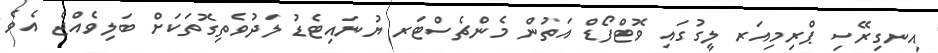
އިނގިރޭސި ޕްރިމިއަރ ލީގުގައި ވޮޓްފޯޑް އަތުން މެންޗެސްޓަރ ޔުނައިޓެޑު ލަދުވެތިގޮތަކަށް ބަލިވެއްޖެ އެވެ